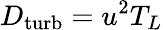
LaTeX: D_{\mathrm{turb}}=u^{2}T_{L}